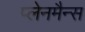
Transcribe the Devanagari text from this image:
प्लेनमैन्स